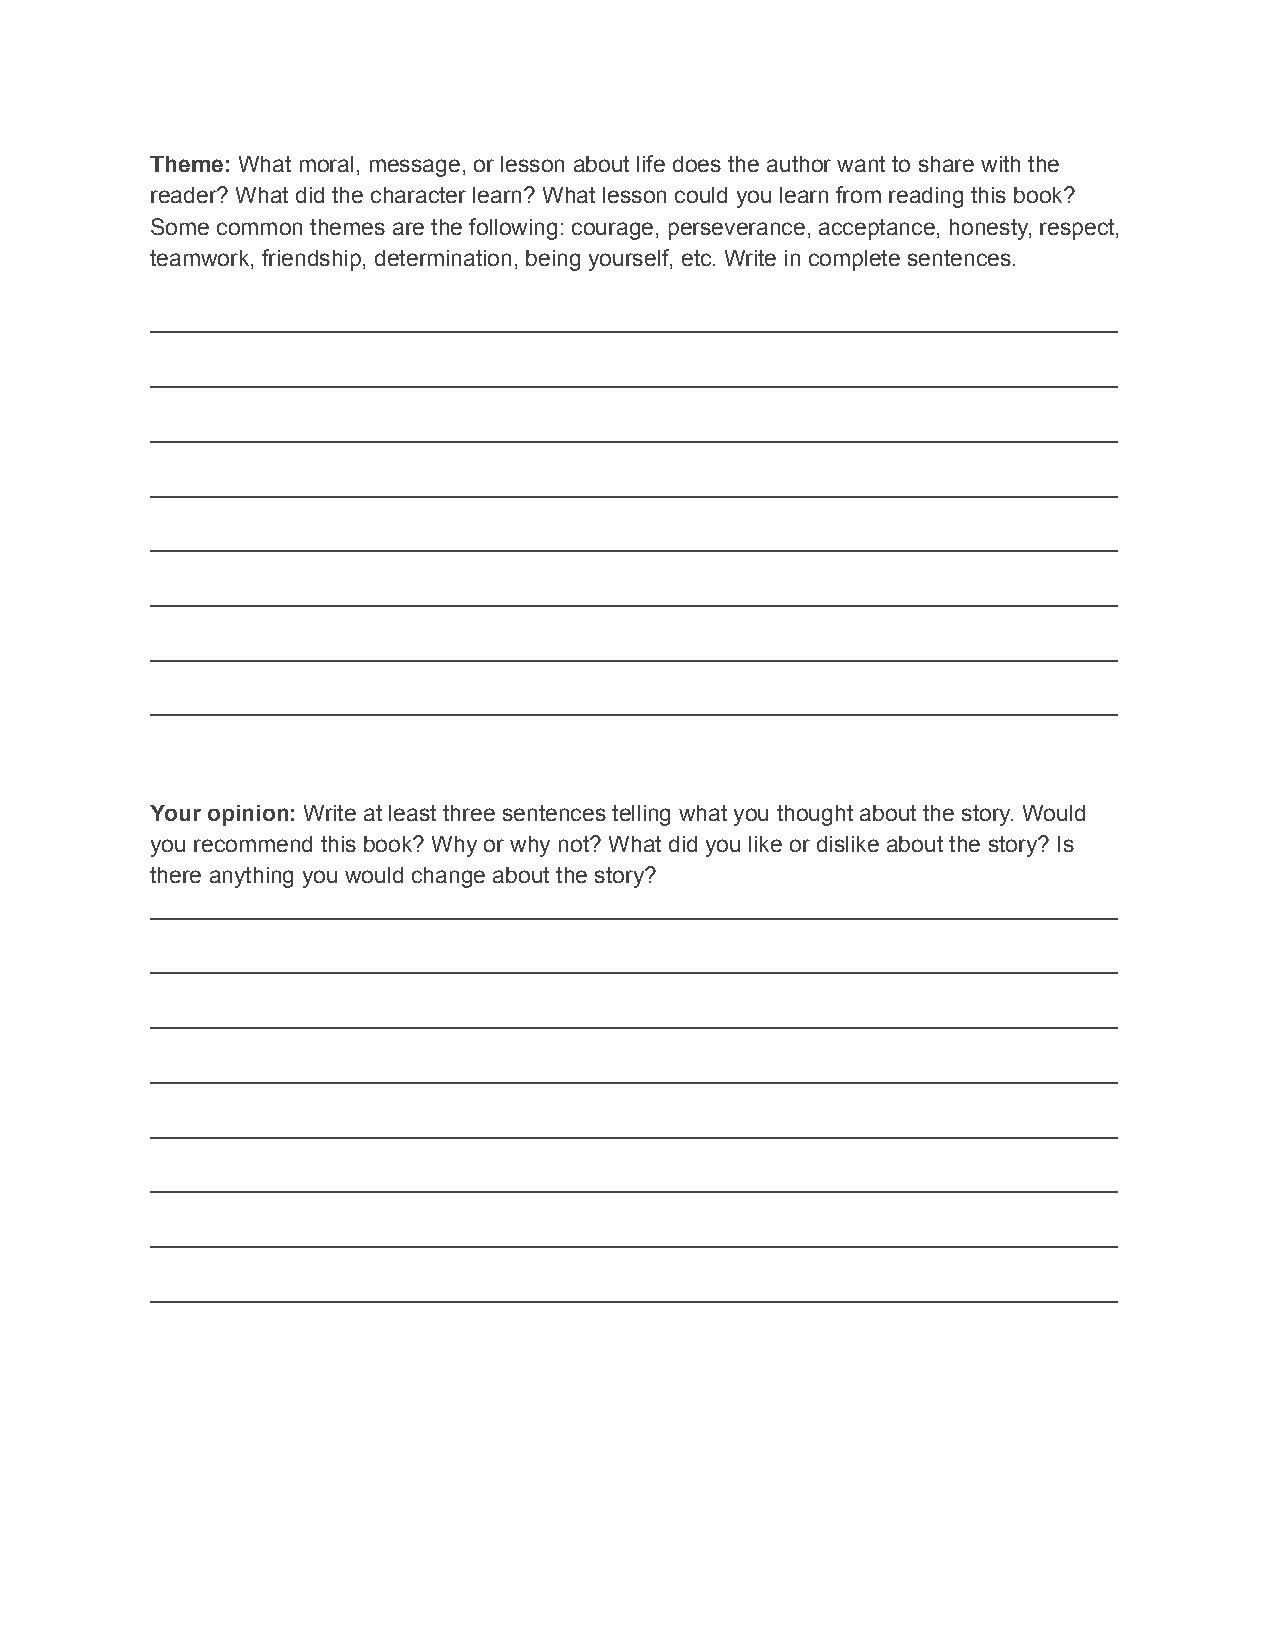
Theme: What moral, message, or lesson about life does the author want to share with the
 reader? What did the character learn? What lesson could you learn from reading this book?
 Some common themes are the following: courage, perseverance, acceptance, honesty, respect,
 teamwork, friendship, determination, being yourself, etc. Write in complete sentences.
 ____________________________________________________________________________
 ____________________________________________________________________________
 ____________________________________________________________________________
 ____________________________________________________________________________
 ____________________________________________________________________________
 ____________________________________________________________________________
 ____________________________________________________________________________
 ____________________________________________________________________________
 Your opinion: Write at least three sentences telling what you thought about the story. Would
 you recommend this book? Why or why not? What did you like or dislike about the story? Is
 there anything you would change about the story?
 ____________________________________________________________________________
 ____________________________________________________________________________
 ____________________________________________________________________________
 ____________________________________________________________________________
 ____________________________________________________________________________
 ____________________________________________________________________________
 ____________________________________________________________________________
 ____________________________________________________________________________